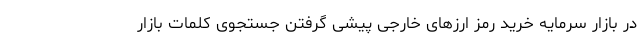
در بازار سرمایه خرید رمز ارزهای خارجی پیشی گرفتن جستجوی کلمات بازار